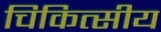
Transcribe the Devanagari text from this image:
चिकित्‍सीय